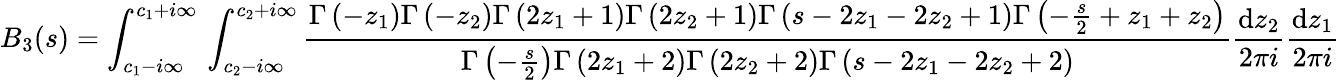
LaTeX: B_{3}(s)=\int_{c_{1}-i\infty}^{c_{1}+i\infty}\, \int_{c_{2}-i\infty}^{c_{2}+i\infty}\frac{\Gamma\left(-z_{1}\right)\Gamma\left(-z_{2}\right)\Gamma\left(2z_{1}+1\right)\Gamma\left(2z_{2}+1\right)\Gamma\left(s-2z_{1}-2z_{2}+1\right)\Gamma\left(-\frac{s}{2}+z_{1}+z_{2}\right)}{\Gamma\left(-\frac{s}{2}\right)\Gamma\left(2z_{1}+2\right)\Gamma\left(2z_{2}+2\right)\Gamma\left(s-2z_{1}-2z_{2}+2\right)}\frac{\mathrm{d}z_{2}}{2\pi i}\frac{\mathrm{d}z_{1}}{2\pi i}